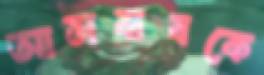
আসবাবকে